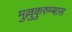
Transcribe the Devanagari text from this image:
मुल्लुकुरुम्बास